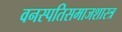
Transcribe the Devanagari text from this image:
वनस्पतिसमाजशास्त्र